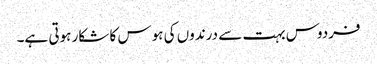
فردوس بہت سے درندوں کی ہوس کا شکار ہوتی ہے۔